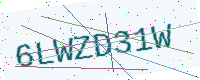
Text: 6LWZD31W